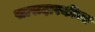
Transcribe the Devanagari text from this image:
खासदारकीचा